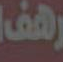
رهف